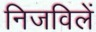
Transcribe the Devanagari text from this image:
निजविलें